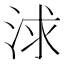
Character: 浗